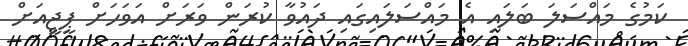
ކަމުގެ މައްސަލަ ބަލައި އެ މައްސަލައިގައި ދައުވާ ކުރަން ވަރަށް އަވަހަށް ޕީޖީއަށް